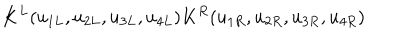
LaTeX: K ^ { L } ( u _ { 1 L } , u _ { 2 L } , u _ { 3 L } , u _ { 4 L } ) K ^ { R } ( u _ { 1 R } , u _ { 2 R } , u _ { 3 R } , u _ { 4 R } )